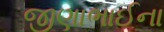
જીણાભાઈના